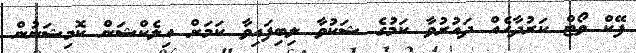
ފޭކް ވޯޓް ކަރުދާހެއް ދައުރުވާ ކަމުގެ ޝަކުވާ ލިބިފައިވާ ކަމަށް އިލެކްޝަން ކޮމިޝަނުން